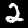
Digit: 2